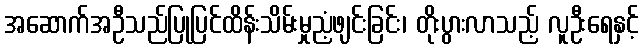
အဆောက်အဦသည်ပြုပြင်ထိန်းသိမ်းမှုညံ့ဖျင်းခြင်း၊ တိုးပွားလာသည့် လူဦးရေနှင့်